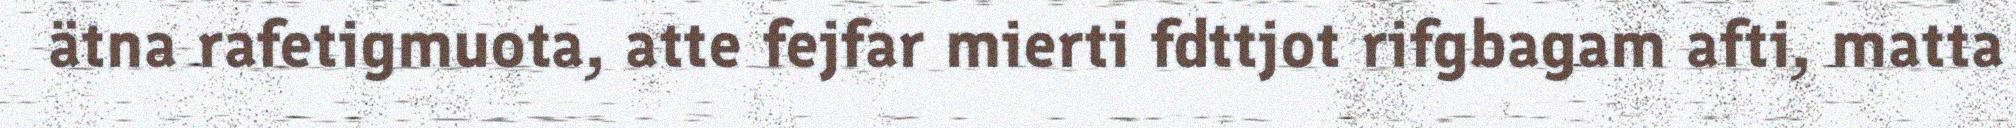
ätna rafetigmuota, atte fejfar mierti fdttjot rifgbagam afti, matta